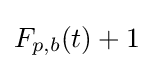
F_{p,b}(t)+1